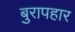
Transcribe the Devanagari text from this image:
बुरापहार